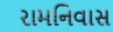
રામનિવાસ